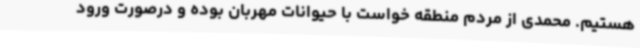
هستیم. محمدی از مردم منطقه خواست با حیوانات مهربان بوده و درصورت ورود